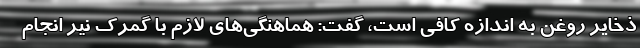
ذخایر روغن به اندازه کافی است، گفت: هماهنگی‌های لازم با گمرک نیر انجام